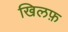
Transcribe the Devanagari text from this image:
खिलफ़